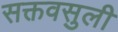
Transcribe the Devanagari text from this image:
सक्तवसुली